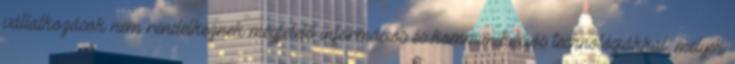
vállalkozások nem rendelkeznek megfelelő információs és kommunikációs technológiákkal, melyek